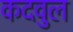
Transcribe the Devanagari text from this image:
कदवुल